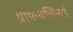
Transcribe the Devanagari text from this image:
श्रीमन्यलिन्यां